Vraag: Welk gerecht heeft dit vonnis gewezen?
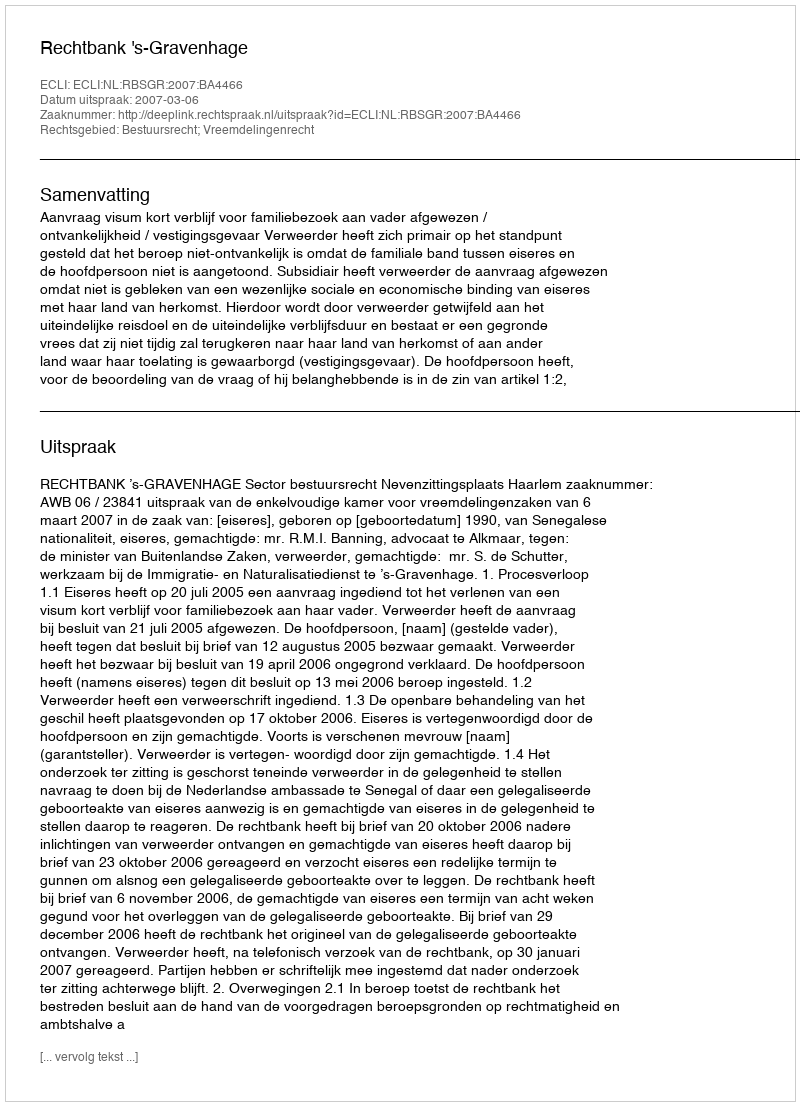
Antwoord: Rechtbank 's-Gravenhage